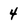
Character: 4